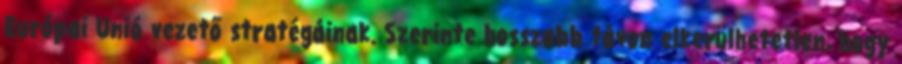
Európai Unió vezető stratégáinak. Szerinte hosszabb távon elkerülhetetlen, hogy